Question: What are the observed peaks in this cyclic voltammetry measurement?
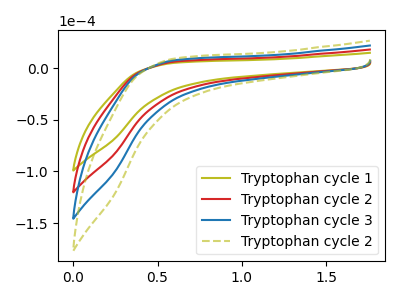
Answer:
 <answer>The olive curve "Tryptophan cycle 1" has no peaks. The red curve "Tryptophan cycle 2" has no peaks. The blue curve "Tryptophan cycle 3" has no peaks. The olive dashed curve "Tryptophan cycle 2" has no peaks.</answer>
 <eval></eval>